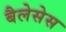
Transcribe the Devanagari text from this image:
बैलेसेस